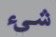
شيء